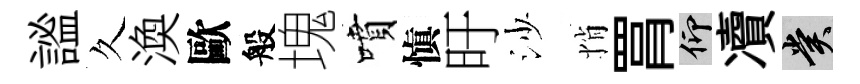
謐久渙歐般塊噴愼旴沙悄罥仰凟賞